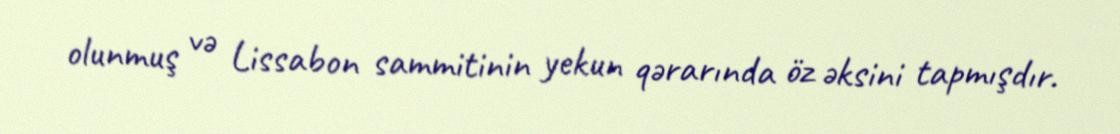
olunmuş və Lissabon sammitinin yekun qərarında öz əksini tapmışdır.